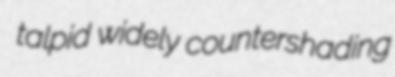
talpid widely countershading